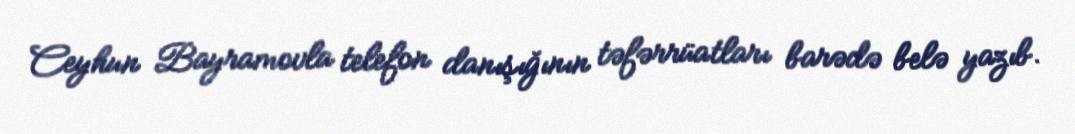
Ceyhun Bayramovla telefon danışığının təfərrüatları barədə belə yazıb.